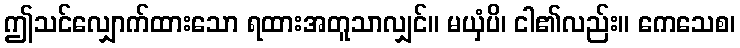
ဤသင်လျှောက်ထားသော ရထားအတူသာလျှင်။ မယှံပိ၊ ငါ၏လည်း။ ကေသေစ၊